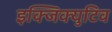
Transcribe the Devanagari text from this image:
इक्जिक्युटिव